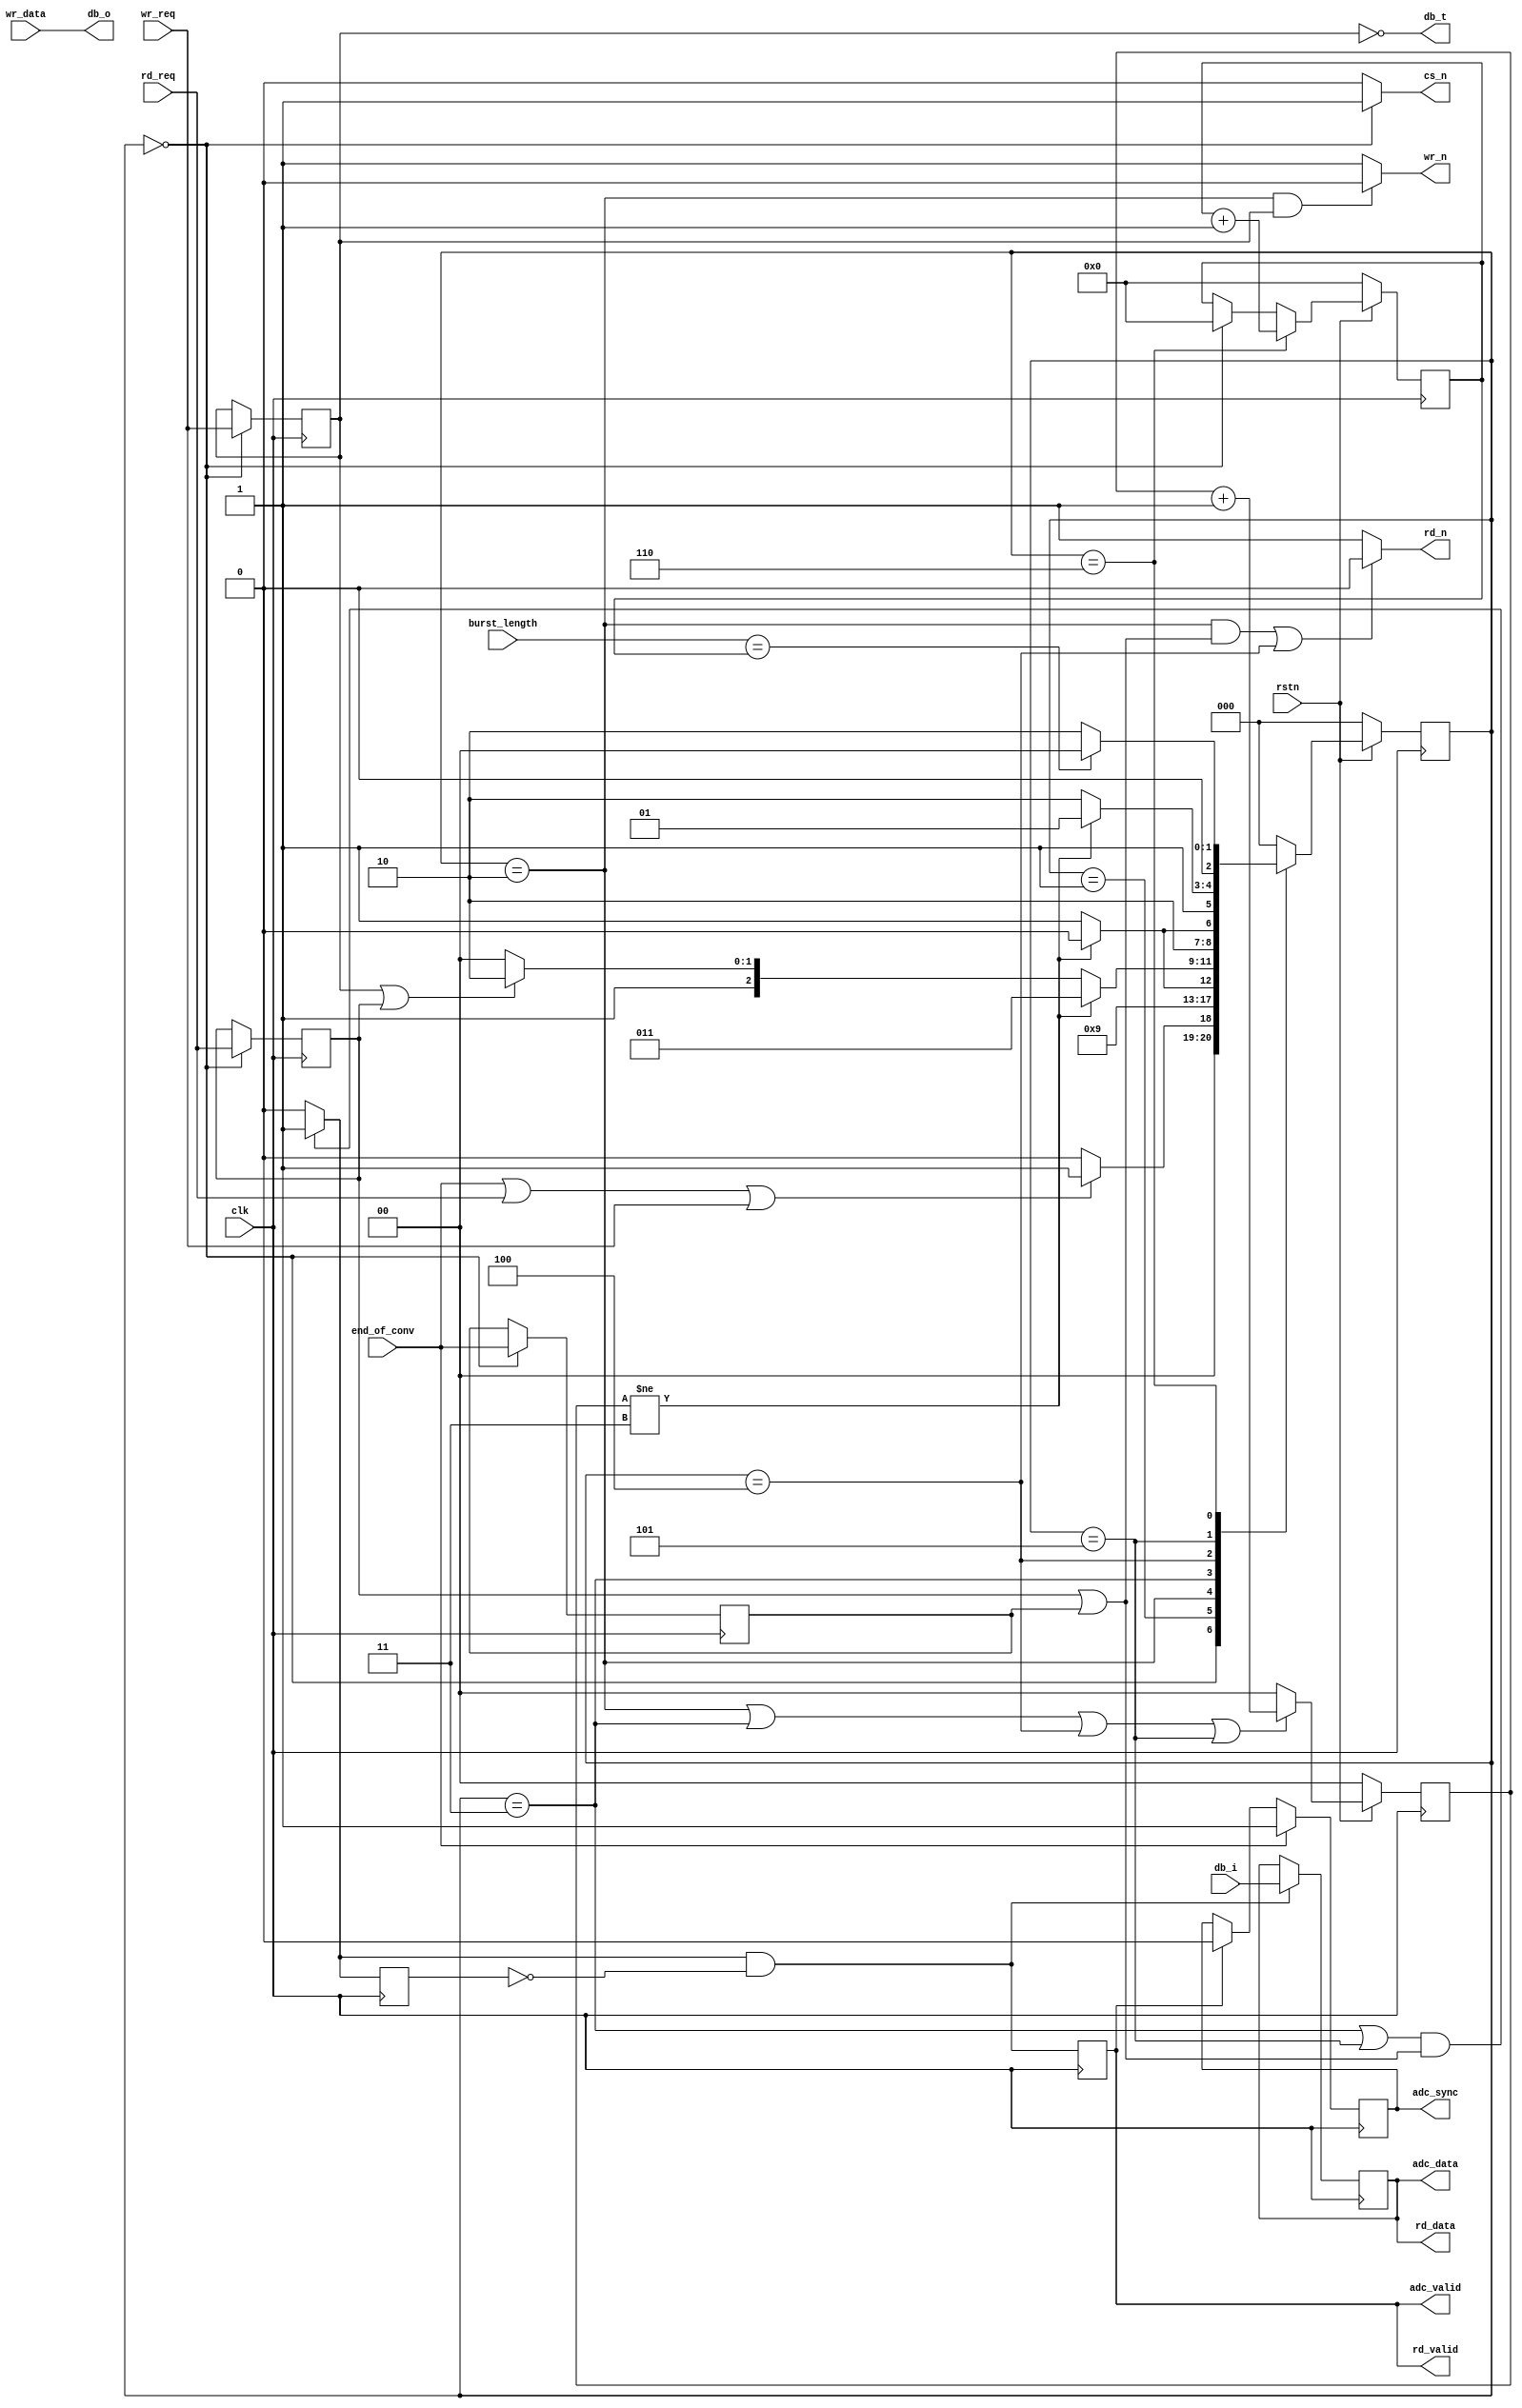
// ***************************************************************************
// ***************************************************************************
// Copyright 2014 - 2017 (c) Analog Devices, Inc. All rights reserved.
//
// In this HDL repository, there are many different and unique modules, consisting
// of various HDL (Verilog or VHDL) components. The individual modules are
// developed independently, and may be accompanied by separate and unique license
// terms.
//
// The user should read each of these license terms, and understand the
// freedoms and responsibilities that he or she has by using this source/core.
//
// This core is distributed in the hope that it will be useful, but WITHOUT ANY
// WARRANTY; without even the implied warranty of MERCHANTABILITY or FITNESS FOR
// A PARTICULAR PURPOSE.
//
// Redistribution and use of source or resulting binaries, with or without modification
// of this file, are permitted under one of the following two license terms:
//
//   1. The GNU General Public License version 2 as published by the
//      Free Software Foundation, which can be found in the top level directory
//      of this repository (LICENSE_GPL2), and also online at:
//      <https://www.gnu.org/licenses/old-licenses/gpl-2.0.html>
//
// OR
//
//   2. An ADI specific BSD license, which can be found in the top level directory
//      of this repository (LICENSE_ADIBSD), and also on-line at:
//      https://github.com/analogdevicesinc/hdl/blob/master/LICENSE_ADIBSD
//      This will allow to generate bit files and not release the source code,
//      as long as it attaches to an ADI device.
//
// ***************************************************************************
// ***************************************************************************

`timescale 1ns/100ps

module axi_ad7616_pif #(

  parameter UP_ADDRESS_WIDTH = 14) (

  // physical interface

  output                  cs_n,
  output      [15:0]      db_o,
  input       [15:0]      db_i,
  output                  db_t,
  output                  rd_n,
  output                  wr_n,

  // FIFO interface

  output      [15:0]      adc_data,
  output                  adc_valid,
  output  reg             adc_sync,

  // end of convertion

  input                   end_of_conv,
  input       [ 4:0]      burst_length,

  // register access

  input                   clk,
  input                   rstn,
  input                   rd_req,
  input                   wr_req,
  input       [15:0]      wr_data,
  output  reg [15:0]      rd_data,
  output  reg             rd_valid);


  // state registers

  localparam  [ 2:0]    IDLE = 3'h0,
                        CS_LOW = 3'h1,
                        CNTRL0_LOW = 3'h2,
                        CNTRL0_HIGH = 3'h3,
                        CNTRL1_LOW = 3'h4,
                        CNTRL1_HIGH = 3'h5,
                        CS_HIGH = 3'h6;

  // internal registers

  reg     [ 2:0]                  transfer_state = 3'h0;
  reg     [ 2:0]                  transfer_state_next = 3'h0;
  reg     [ 1:0]                  width_counter = 2'h0;
  reg     [ 4:0]                  burst_counter = 5'h0;

  reg                             wr_req_d = 1'h0;
  reg                             rd_req_d = 1'h0;
  reg                             rd_conv_d = 1'h0;

  reg                             xfer_req_d = 1'h0;

  reg                             rd_valid_d = 1'h0;

  // internal wires

  wire                            start_transfer_s;
  wire                            rd_valid_s;

  // FSM state register

  always @(posedge clk) begin
    if (rstn == 1'b0) begin
      transfer_state <= 3'h0;
    end else begin
      transfer_state <= transfer_state_next;
    end
  end

  // counters to control the RD_N and WR_N lines

  assign start_transfer_s = end_of_conv | rd_req | wr_req;

  always @(posedge clk) begin
    if (rstn == 1'b0) begin
      width_counter <= 2'h0;
    end else begin
      if((transfer_state == CNTRL0_LOW) || (transfer_state == CNTRL0_HIGH) ||
         (transfer_state == CNTRL1_LOW) || (transfer_state == CNTRL1_HIGH))
        width_counter <= width_counter + 1;
      else
        width_counter <= 2'h0;
    end
  end

  always @(posedge clk) begin
    if (rstn == 1'b0) begin
      burst_counter <= 2'h0;
    end else begin
      if (transfer_state == CS_HIGH)
        burst_counter <= burst_counter + 1;
      else if (transfer_state == IDLE)
        burst_counter <= 5'h0;
    end
  end

  always @(negedge clk) begin
    if (transfer_state == IDLE) begin
      wr_req_d <= wr_req;
      rd_req_d <= rd_req;
      rd_conv_d <= end_of_conv;
    end
  end

  // FSM next state logic

  always @(*) begin
    case (transfer_state)
      IDLE : begin
        transfer_state_next <= (start_transfer_s == 1'b1) ? CS_LOW : IDLE;
      end
      CS_LOW : begin
        transfer_state_next <= CNTRL0_LOW;
      end
      CNTRL0_LOW : begin
        transfer_state_next <= (width_counter != 2'b11) ? CNTRL0_LOW : CNTRL0_HIGH;
      end
      CNTRL0_HIGH : begin
        transfer_state_next <= (width_counter != 2'b11) ? CNTRL0_HIGH :
                               ((wr_req_d == 1'b1) || (rd_req_d == 1'b1)) ? CS_HIGH : CNTRL1_LOW;
      end
      CNTRL1_LOW : begin
        transfer_state_next <= (width_counter != 2'b11) ? CNTRL1_LOW : CNTRL1_HIGH;
      end
      CNTRL1_HIGH : begin
        transfer_state_next <= (width_counter != 2'b11) ? CNTRL1_HIGH : CS_HIGH;
      end
      CS_HIGH : begin
        transfer_state_next <= (burst_length == burst_counter) ? IDLE : CNTRL0_LOW;
      end
      default : begin
        transfer_state_next <= IDLE;
      end
    endcase
  end

  // data valid for the register access and m_axis interface

  assign rd_valid_s = (((transfer_state == CNTRL0_HIGH) || (transfer_state == CNTRL1_HIGH)) &&
                       ((rd_req_d == 1'b1) || (rd_conv_d == 1'b1))) ? 1'b1 : 1'b0;

  // FSM output logic

  assign db_o = wr_data;

  always @(posedge clk) begin
    rd_data <= (rd_valid_s & ~rd_valid_d) ? db_i : rd_data;
    rd_valid_d <= rd_valid_s;
    rd_valid <= rd_valid_s & ~rd_valid_d;
  end

  assign adc_valid = rd_valid;
  assign adc_data = rd_data;

  assign cs_n = (transfer_state == IDLE) ? 1'b1 : 1'b0;
  assign db_t = ~wr_req_d;
  assign rd_n = (((transfer_state == CNTRL0_LOW) && ((rd_conv_d == 1'b1) || rd_req_d == 1'b1)) ||
                  (transfer_state == CNTRL1_LOW)) ? 1'b0 : 1'b1;
  assign wr_n = ((transfer_state == CNTRL0_LOW) && (wr_req_d == 1'b1)) ? 1'b0 : 1'b1;

  // sync will be asserted at the first valid data right after the convertion start

  always @(posedge clk) begin
    if (end_of_conv == 1'b1) begin
      adc_sync <= 1'b1;
    end else if (rd_valid == 1'b1) begin
      adc_sync <= 1'b0;
    end
  end

endmodule